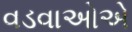
વડવાઓએ